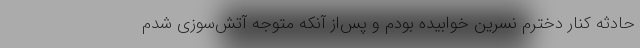
حادثه کنار دخترم نسرین خوابیده بودم و پس‌از آنکه متوجه آتش‌سوزی شدم